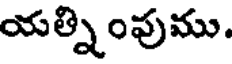
యత్నింవుము.